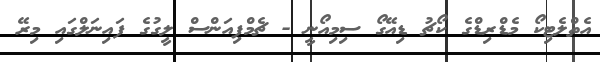
އެތްލެޓިކޯ މެޑްރިޑްގެ ކޯޗު ޑިއޭގޯ ސިމިއޯނީ - ޗެމްޕިއަންސް ލީގުގެ ފައިނަލްގައި މިރޭ